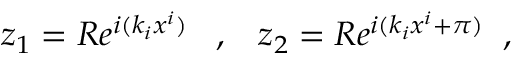
z _ { 1 } = R e ^ { i ( k _ { i } x ^ { i } ) } \; \; \; , \; \; \; z _ { 2 } = R e ^ { i ( k _ { i } x ^ { i } + \pi ) } \; \; ,